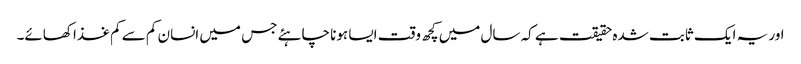
اور یہ ایک ثابت شدہ حقیقت ہے کہ سال میں کچھ وقت ایسا ہونا چاہئے جس میں انسان کم سے کم غذا کھائے۔